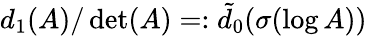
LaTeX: d_{1}(A)/\operatorname*{det}(A)=:\tilde{d}_{0}(\sigma(\log A))